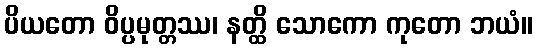
ပိယတော ဝိပ္ပမုတ္တဿ၊ နတ္ထိ သောကော ကုတော ဘယံ။